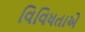
વિવિધતાએ